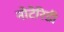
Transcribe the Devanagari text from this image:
नोटेरिडी